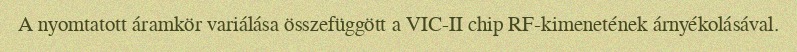
A nyomtatott áramkör variálása összefüggött a VIC-II chip RF-kimenetének árnyékolásával.